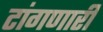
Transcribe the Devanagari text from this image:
टांगणारी